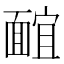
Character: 𩈭